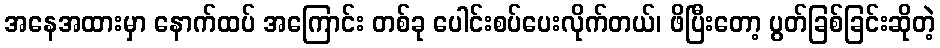
အနေအထားမှာ နောက်ထပ် အကြောင်း တစ်ခု ပေါင်းစပ်ပေးလိုက်တယ်၊ ဖိပြီးတော့ ပွတ်ခြစ်ခြင်းဆိုတဲ့